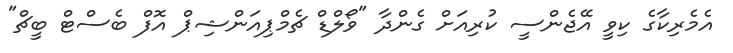
އެމެރިކާގެ ކިވީ އޭޖެންސީ ކުރިއަށް ގެންދާ "ވޯލްޑް ޗެމްޕިއަންޝިޕް އޮފް ބެސްޓް ބީޗް"